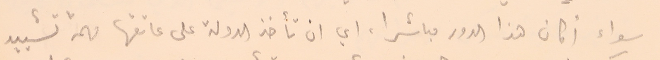
سواء أكان هذا الدور مباشرا، اي ان تأخذ الدولة على عاتقها مهمة تشييد